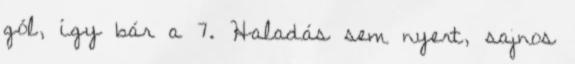
gól, így bár a 7. Haladás sem nyert, sajnos